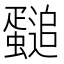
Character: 𲀏